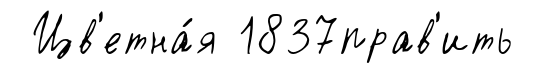
Цв'етна́я 1837прав'ить